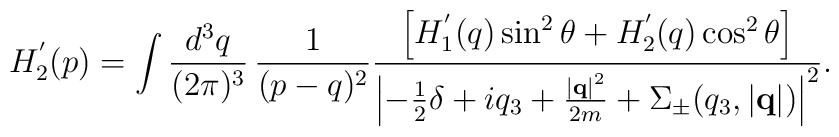
H_2^{'}(p)  =  \int \frac{d^3q}{(2\pi)^3} \, \frac{1}{(p - q)^2} \frac{\left[ H_1^{'}(q) \sin^2\theta+H_2^{'}(q)\cos^2\theta \right]}{ \left|-\frac{1}{2}\delta+iq_3 + \frac{\left|{\bf q}\right|^2}{2m} + \Sigma_{\pm}(q_3,\left|{\bf q}\right|) \right|^2 }.